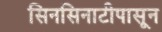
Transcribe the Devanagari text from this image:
सिनसिनाटीपासून